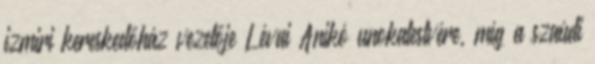
izmiri kereskedőház vezetője Lévai Anikó unokatestvére, míg a szaúdi